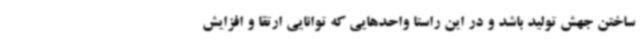
ساختن جهش تولید باشد و در این راستا واحدهایی که توانایی ارتقا و افزایش